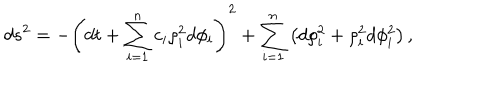
d s ^ { 2 } = - \left( d t + \sum _ { i = 1 } ^ { n } c _ { i } \rho _ { i } ^ { 2 } d \phi _ { i } \right) ^ { 2 } + \sum _ { i = 1 } ^ { n } \left( d \rho _ { i } ^ { 2 } + \rho _ { i } ^ { 2 } d \phi _ { i } ^ { 2 } \right) ,